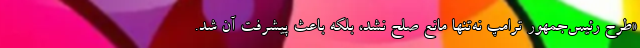
«طرح رئیس‌جمهور ترامپ نه‌تنها مانع صلح نشد، بلکه باعث پیشرفت آن شد.